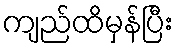
ကျည်ထိမှန်ပြီး